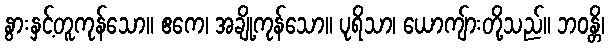
နွားနှင့်တူကုန်သော။ ဧကေ၊ အချို့ကုန်သော။ ပုရိသာ၊ ယောကျ်ားတို့သည်။ ဘဝန္တိ၊